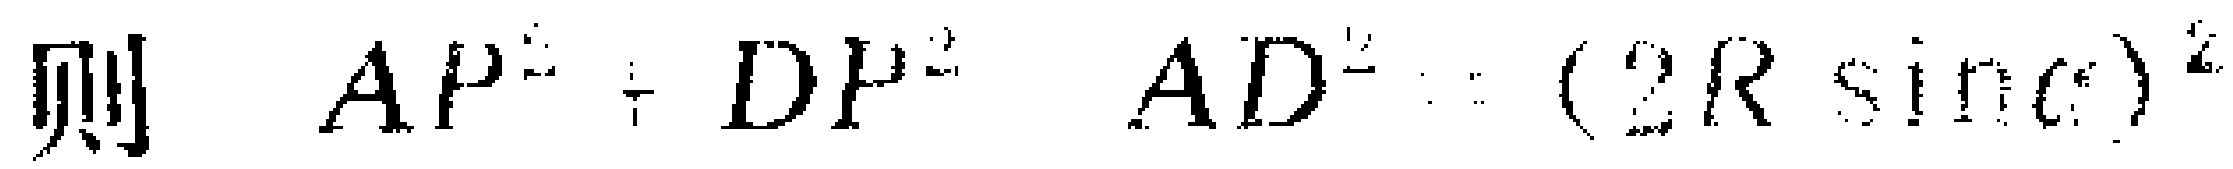
则 \(AP^{2}+DP^{2}-AD^{2}=(2R\sin C)^{2}\)